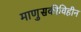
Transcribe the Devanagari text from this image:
माणुसकीविहीन